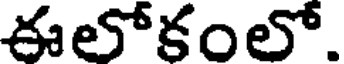
ఈలోకంలో.